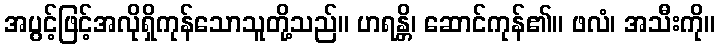
အပွင့်ဖြင့်အလိုရှိကုန်သောသူတို့သည်။ ဟရန္တိ၊ ဆောင်ကုန်၏။ ဖလံ၊ အသီးကို။